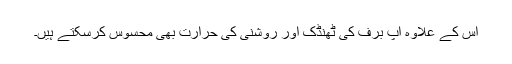
اس کے علاوہ آپ برف کی ٹھنڈک اور روشنی کی حرارت بھی محسوس کرسکتے ہیں۔